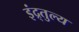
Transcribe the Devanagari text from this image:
इंद्र्तुल्य